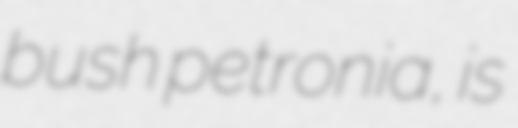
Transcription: bush petronia, is